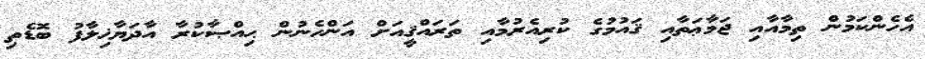
އެހެންކަމުން ތިމާއާއި ޖަމާޢަތާއި ޤައުމުގެ ކުރިއެރުމާއި ތަރައްޤީއަށް އަންހެނުން ޙިއްޞާކުރާ އާދަޔާޚިލާފު ބޮޑެތި